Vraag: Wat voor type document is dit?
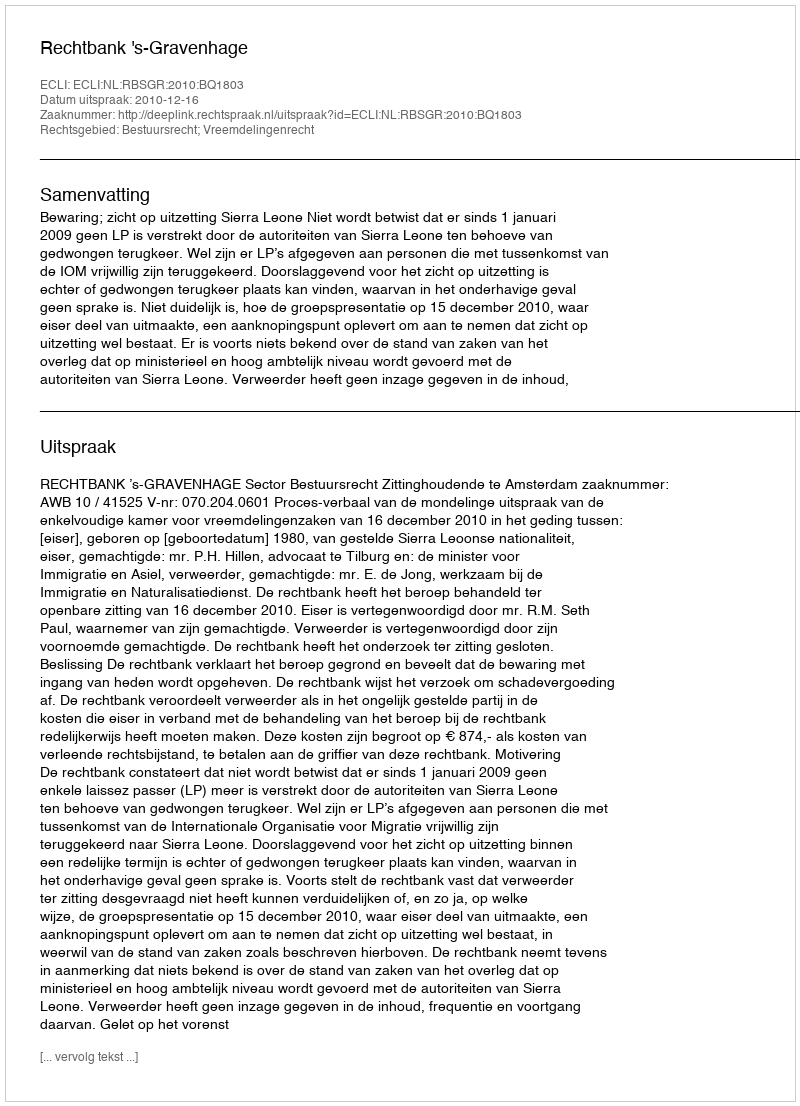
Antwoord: Uitspraak